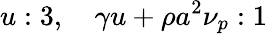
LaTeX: u:3,\quad\gamma u+\rho a^{2}\nu_{p}:1